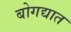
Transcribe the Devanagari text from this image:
बोगद्यात